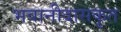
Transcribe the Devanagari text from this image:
भवानीदासकृत